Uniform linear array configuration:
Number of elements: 64
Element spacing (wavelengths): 0.75
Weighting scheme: uniform
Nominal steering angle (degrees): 0
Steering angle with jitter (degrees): -1.039
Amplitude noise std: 0.05
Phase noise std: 0.05

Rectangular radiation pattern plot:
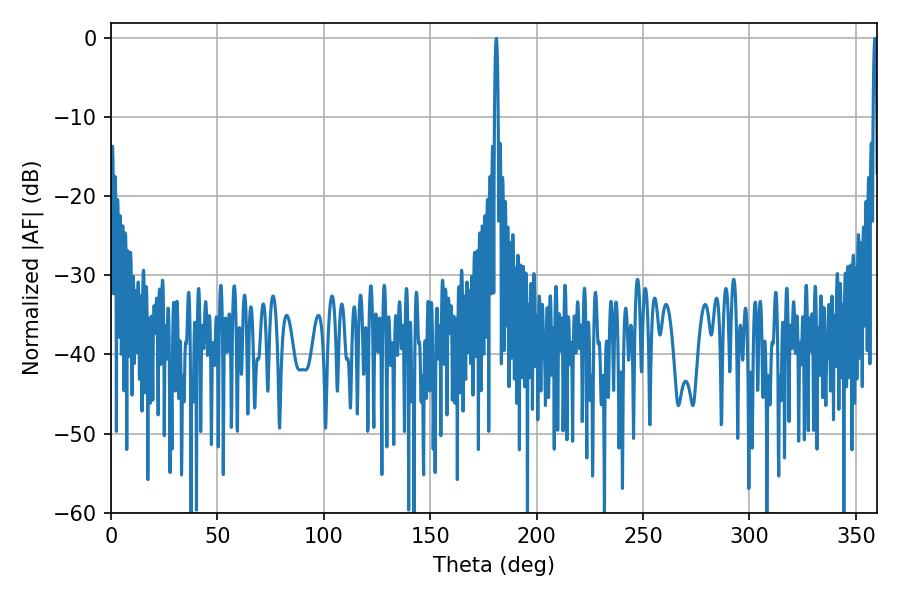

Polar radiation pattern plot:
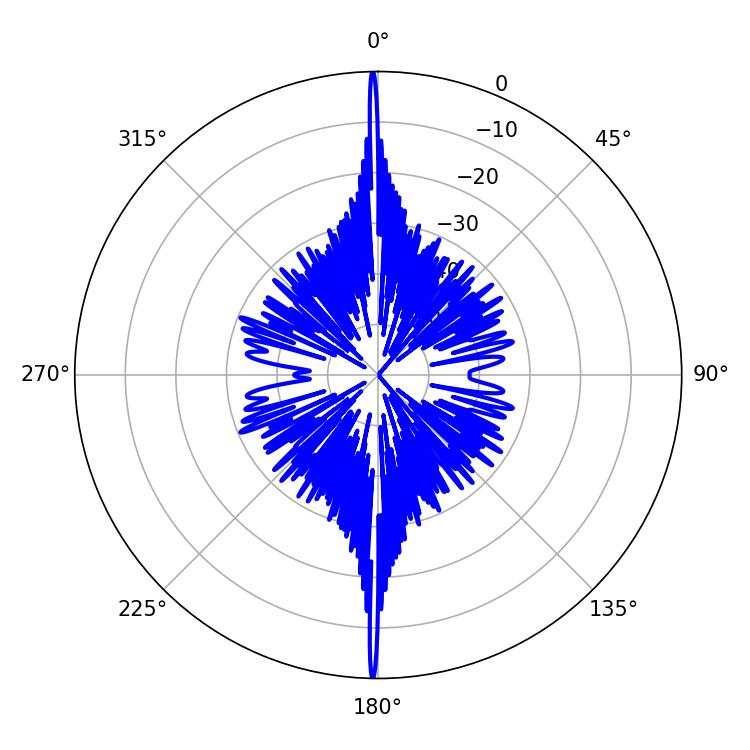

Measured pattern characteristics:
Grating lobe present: TRUE
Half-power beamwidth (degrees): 0.9
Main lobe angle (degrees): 358.92